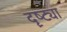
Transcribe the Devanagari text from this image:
दॄष्ट्या